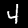
Label: 4